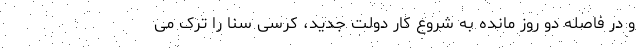
و در فاصله دو روز مانده به شروع کار دولت جدید، کرسی سنا را ترک می